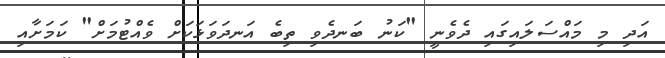
އަދި މި މައްސަލައިގައި ދެވެނީ "ކަނު ބަނދެވި ތިބެ އަނދަވަޅަކަށް ވެއްޓުމަށް" ކަމަށާއި